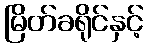
မြိတ်ခရိုင်နှင့်